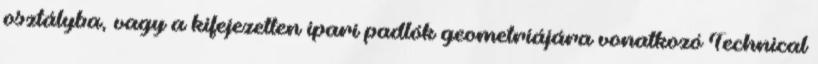
osztályba, vagy a kifejezetten ipari padlók geometriájára vonatkozó Technical